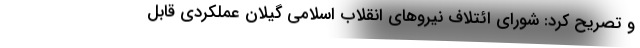
و تصریح کرد: شورای ائتلاف نیروهای انقلاب اسلامی گیلان عملکردی قابل